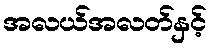
အလယ်အလတ်နှင့်